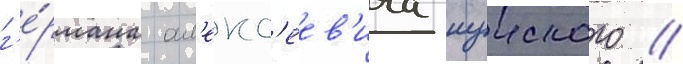
г'е́рмана ал'екс'еев'ича шуиского //